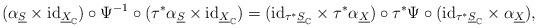
LaTeX: \begin{align*}(\alpha_{\underline{S}}\times\mathrm{id}_{\underline{X}_{\mathbb{C}}})\circ\Psi^{-1}\circ(\tau^{*}\alpha_{\underline{S}}\times\mathrm{id}_{\underline{X}_{\mathbb{C}}})=(\mathrm{id}_{\tau^{*}\underline{S}_{\mathbb{C}}}\times\tau^{*}\alpha_{\underline{X}})\circ\tau^{*}\Psi\circ(\mathrm{id}_{\tau^{*}\underline{S}_{\mathbb{C}}}\times\alpha_{\underline{X}}),\end{align*}